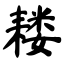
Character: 耧